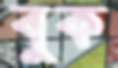
বুক